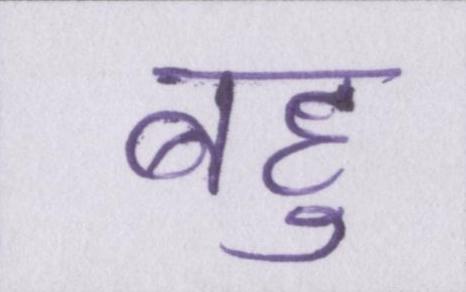
बहु